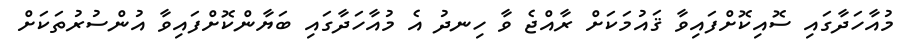
މުއާހަދާގައި ސޮއިކޮށްފައިވާ ޤައުމަކަށް ރާއްޖެ ވާ ހިނދު އެ މުއާހަދާގައި ބަޔާންކޮށްފައިވާ އުންސުރުތަކަށް